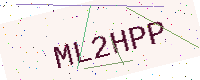
Text: ML2HPP